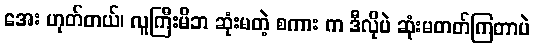
အေး ဟုတ်တယ်၊ လူကြီးမိဘ ဆုံးမတဲ့ စကား က ဒီလိုပဲ ဆုံးမတတ်ကြတာပဲ